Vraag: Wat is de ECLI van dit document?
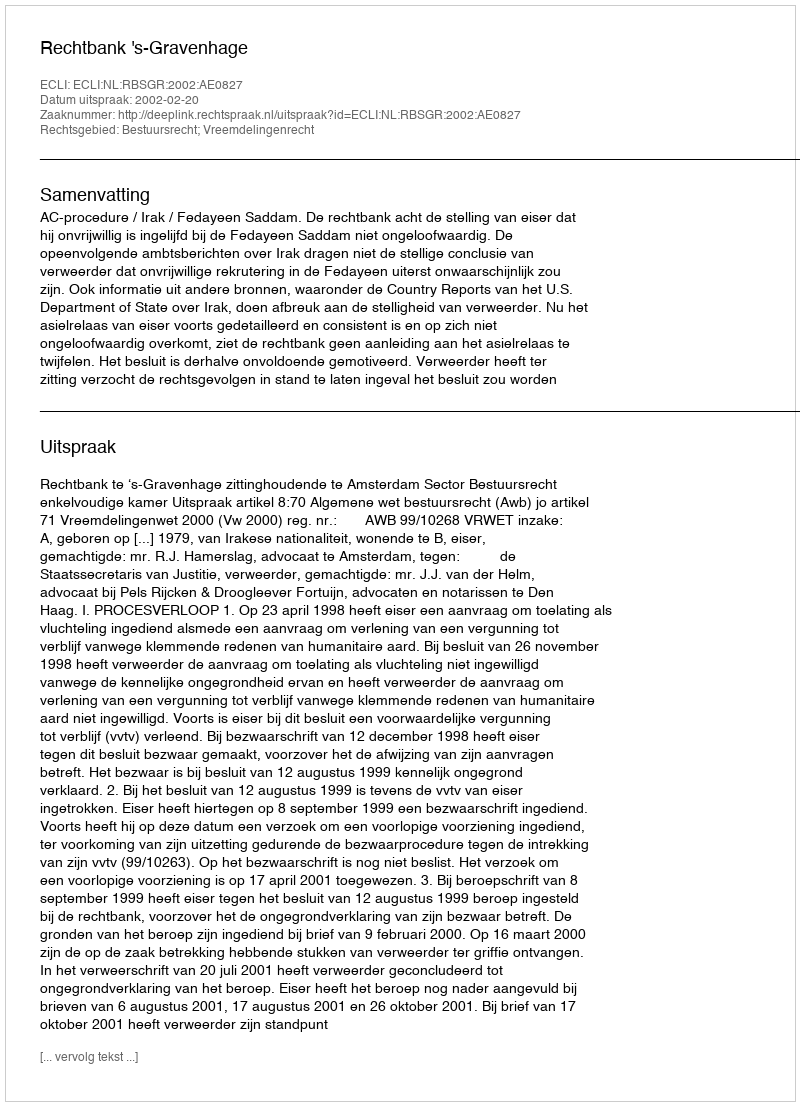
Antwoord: ECLI:NL:RBSGR:2002:AE0827